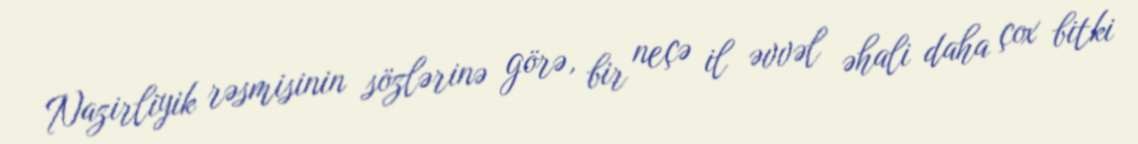
Nazirliyik rəsmisinin sözlərinə görə, bir neçə il əvvəl əhali daha çox bitki